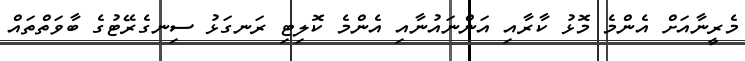
މެރީނާއަށް އެންމެ މޮޅު ކާރާއި އަންނައުނާއި އެންމެ ކޮލިޓި ރަނގަޅު ސިނގެރޭޓުގެ ބާވަތްތައް